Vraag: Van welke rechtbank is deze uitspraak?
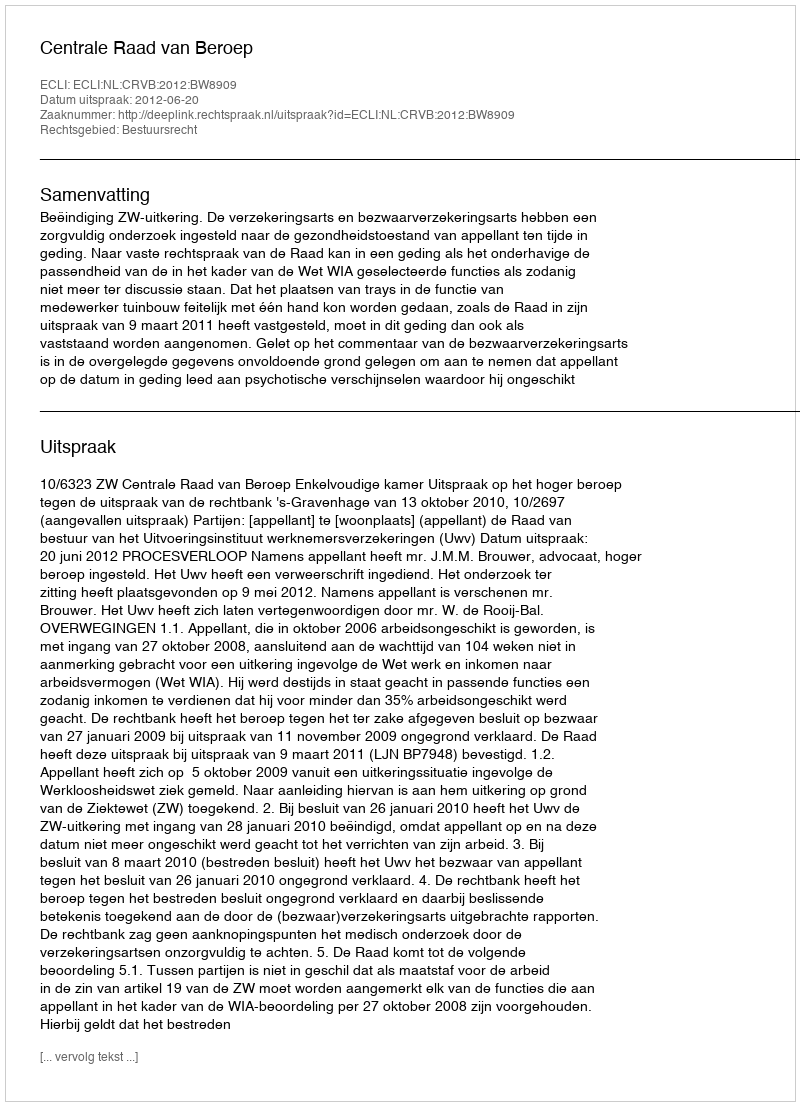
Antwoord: Centrale Raad van Beroep